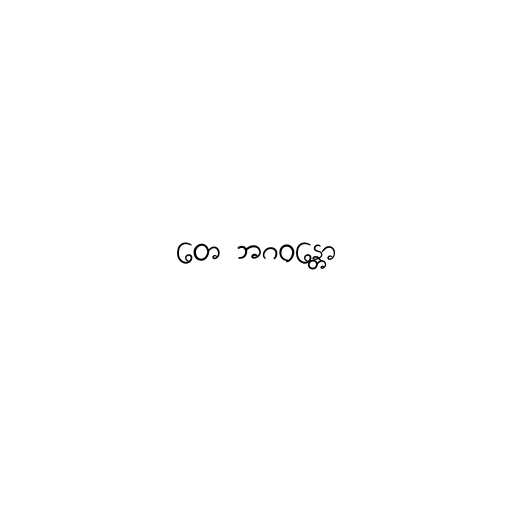
တေ ဘဂဝန္တော